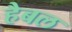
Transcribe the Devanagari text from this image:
हैबल